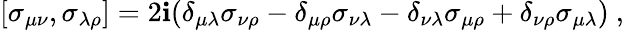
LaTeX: [\sigma_{\mu\nu},\sigma_{\lambda\rho}]=2\mathbf{i}(\delta_{\mu\lambda}\sigma_{\nu\rho}-\delta_{\mu\rho}\sigma_{\nu\lambda}-\delta_{\nu\lambda}\sigma_{\mu\rho}+\delta_{\nu\rho}\sigma_{\mu\lambda})\ ,